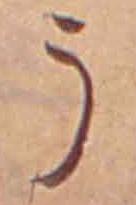
う